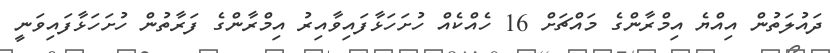
ދައުލަތުން އިއްޔެ އިމްރާންގެ މައްޗަށް 16 ހެއްކެއް ހުށަހަޅާފައިވާއިރު އިމްރާންގެ ފަރާތުން ހުށަހަޅާފައިވަނީ